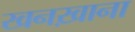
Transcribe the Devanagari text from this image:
खनख़ाना